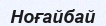
Ноғайбай